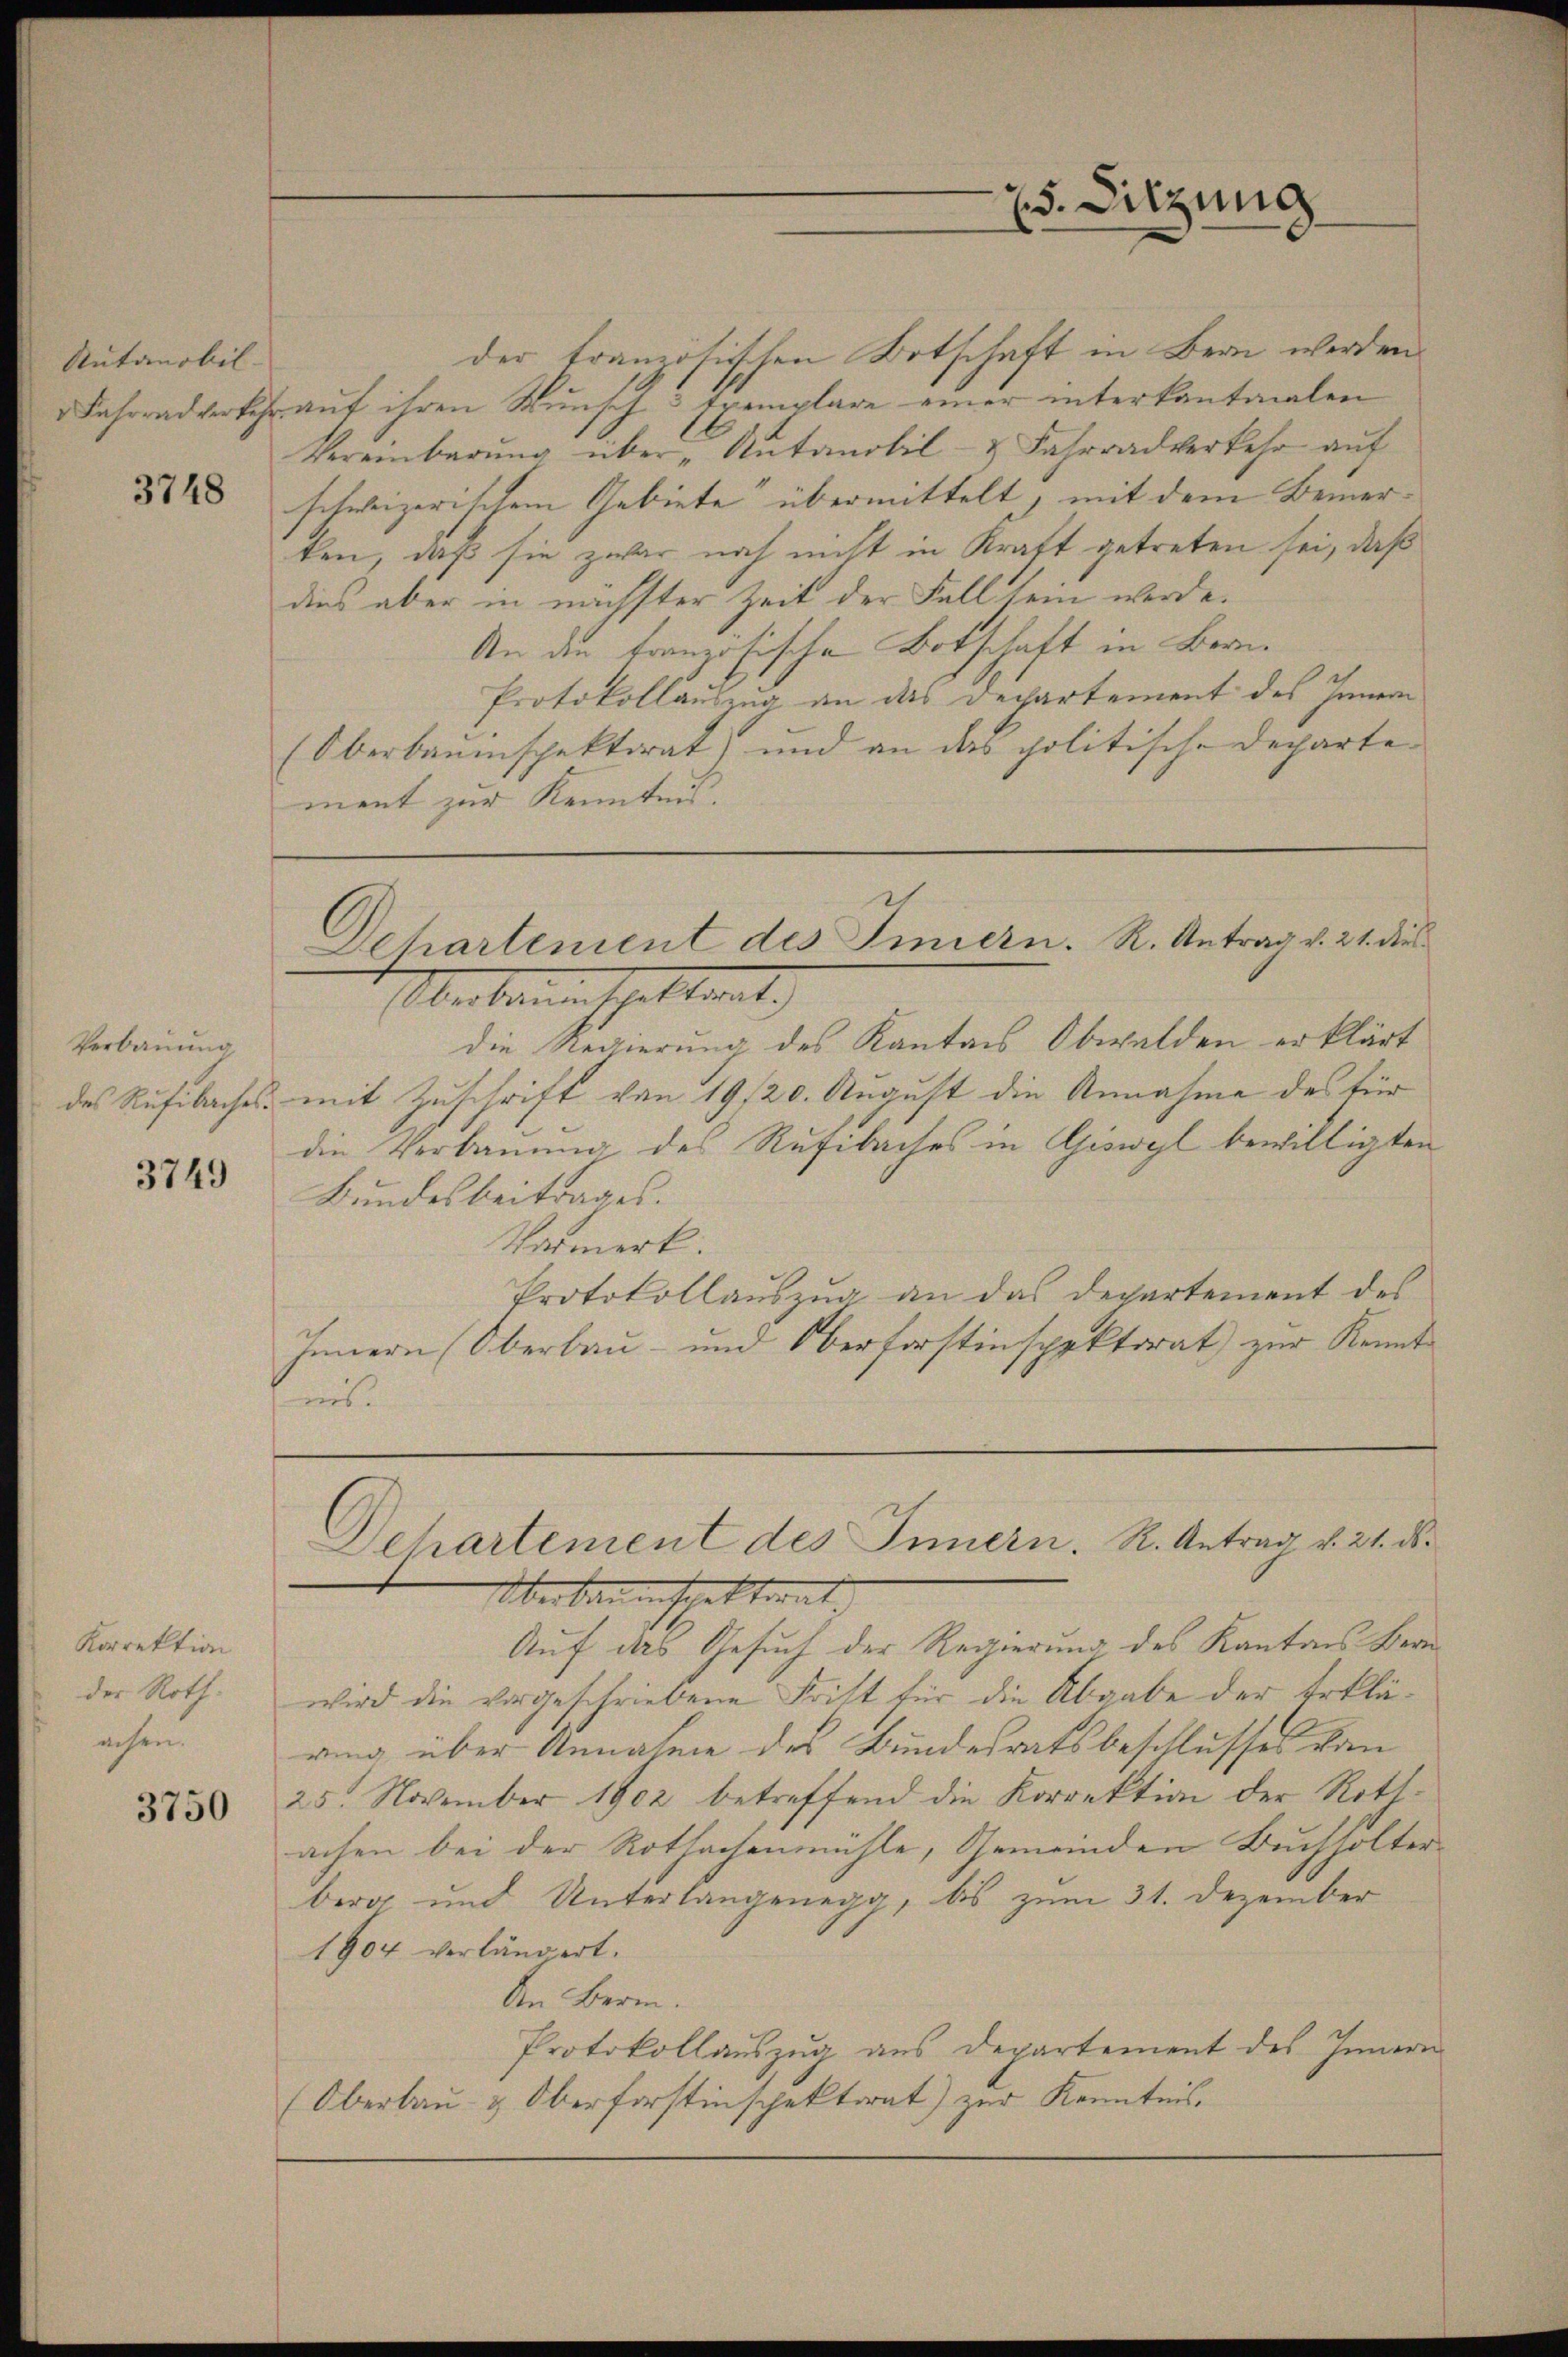
Rutanobil- |
v Fahrrad verkehr.

3748

Verbauung
des Rufibaches

3749

Korrektion
der Roth.
achen.

3750

der französischen Botschaft in Bern werden
auf ihren Wunsch & Exemplare einer interkantonalen
Vereinbarung über „Antanobil- & Fahrradverkehr auf
schweizerischem Gebiete übermittelt, mit dem Bemerten, daß sie zwar noch nicht in Kraft getreten sei, daß
dies aber in nächster Zeit der Fall sein werde.
An die französische Botschaft in Bern¬
Protokollauszug an das Departement des Innern
(Oberbauinspektorat) und an das politische Departe
ment zur Kenntnis.
1. Aber Bernach hattent
die Regierung des Kantons Obwalden erklärt
mit Zuschrift von 19/20. August die Annahme des für
die Verbauung des Rufibaches in Giswyl bewilligten
Bundesbeitrages.
Varmerk.
Protokollauszug an das Departement des
Innern Oberbau- und Oberforstinspektorat zur Kennt
ins.
Dehartement des Innern. R. Antrag v. 21. ds.
Oberbauinspektient.
Auf das Gesuch der Regierung des Kantons Bern
wird die vorgeschriebene Frist für die Abgabe der Erkläring über Annahme des Bundesratsbeschlusses von
25. November 1902 betreffend die Korrektion der Rottachen bei der Rothachenmühle, Gemeinden Buchholter
berg und Unterlangenegg, bis zum 31. Dezember
1904 verländert.
An Bern.
Protokollauszug aus Departement des Innern
Oberlau- & Oberforstinspektorat) zur Kenntnis.

5. Sitzung

Dehartement des Innern. R. Antrag v. 21. dies